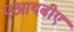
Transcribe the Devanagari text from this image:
एआयबीए